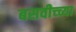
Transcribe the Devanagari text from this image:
बसवीच्च्या